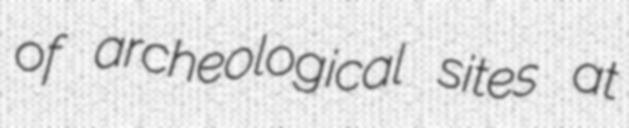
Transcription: of archeological sites at